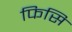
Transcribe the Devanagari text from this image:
फिसि